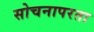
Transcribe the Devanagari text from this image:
सोचनापरता